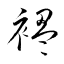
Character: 褞